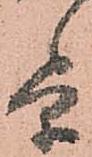
条